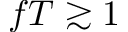
f T \gtrsim 1